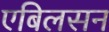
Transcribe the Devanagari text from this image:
एबिलसन